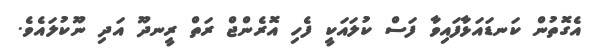
އެގޮތުން ކަނޑައަޅާފައިވާ ފަސް ކުލައަކީ ފެހި އޮރެންޖް ރަތް ރީނދޫ އަދި ނޫކުލައެވެ.